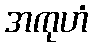
အကုဟံ